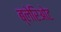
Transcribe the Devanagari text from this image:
ब्लेरिओट